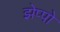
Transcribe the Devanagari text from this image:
झेप्पो